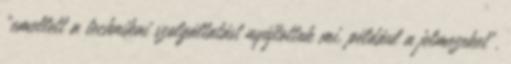
"emellett a technikai szolgáltatást nyújtottuk mi, például a jelmezeket".